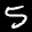
Label: 5